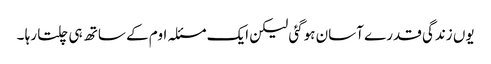
یوں زندگی قدرے آسان ہوگئی لیکن ایک مسئلہ اوم کے ساتھ ہی چلتا رہا ۔